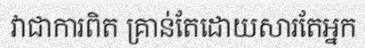
វាជាការពិត គ្រាន់តែដោយសារតែអ្នក